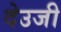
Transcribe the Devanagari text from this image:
देउजी